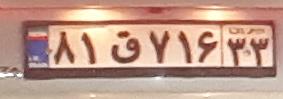
۸۱ق۷۱۶۳۳